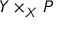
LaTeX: Y \times _ { X } P